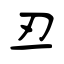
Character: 丒